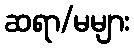
ဆရာ/မများ